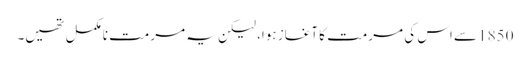
1850 سے اس کی مرمت کا آغاز ہوا، لیکن یہ مرمت نامکمل تھیں۔